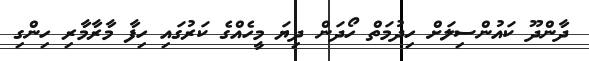
ދާންދޫ ކައުންސިލަށް ހިދުމަތް ހޯދަން ދިޔަ މީހެއްގެ ކަރުގައި ހިފާ މާރާމާރި ހިންގި